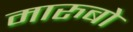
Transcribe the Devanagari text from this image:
मारुबो